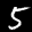
Label: 5